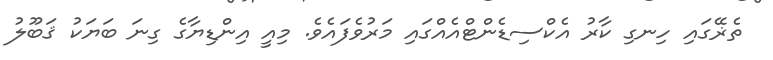
ތެޜޭގައި ހިނގި ކާރު އެކްސިޑެންޓްއެއްގައި މަރުވެފައެވެ. މިއީ އިންޑިޔާގެ ގިނަ ބަޔަކު ޤަބޫލު